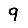
Digit: 9